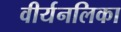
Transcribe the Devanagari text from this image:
वीर्यनलिका